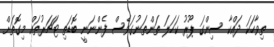
ތިވާހަކަ ދައްކާ ސިންގަ ޕޫރު ކަހަލަ ތަންތަނުގަވެސް ފެންނަނީ ބޮޑަތި ޓަޗަރުތައް މިގޮތަށް